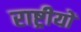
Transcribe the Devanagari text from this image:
राष्ट्रीयों